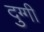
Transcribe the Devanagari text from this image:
दुग्गी